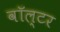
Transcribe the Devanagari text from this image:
वॉल्‍टर